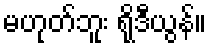
မဟုတ်ဘူး ရိုဒီယွန်။